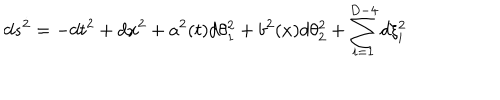
LaTeX: d s ^ { 2 } = - d t ^ { 2 } + d x ^ { 2 } + a ^ { 2 } ( t ) d \theta _ { 1 } ^ { 2 } + b ^ { 2 } ( x ) d \theta _ { 2 } ^ { 2 } + \sum _ { i = 1 } ^ { D - 4 } d \xi _ { i } ^ { 2 }